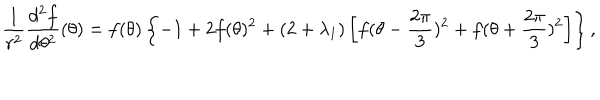
\frac { 1 } { r ^ { 2 } } \frac { d ^ { 2 } f } { d \theta ^ { 2 } } ( \theta ) = f ( \theta ) \left\{ - 1 + 2 f ( \theta ) ^ { 2 } + ( 2 + \lambda _ { 1 } ) \left[ f ( \theta - \frac { 2 \pi } { 3 } ) ^ { 2 } + f ( \theta + \frac { 2 \pi } { 3 } ) ^ { 2 } \right] \right\} ,